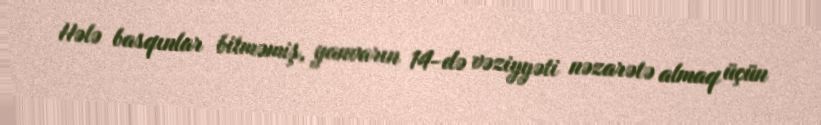
Hələ basqınlar bitməmiş, yanvarın 14-də vəziyyəti nəzarətə almaq üçün